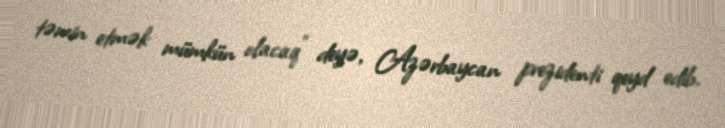
təmin etmək mümkün olacaq” deyə, Azərbaycan prezidenti qeyd edib.